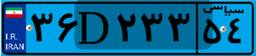
۸۵D۲۹۱۰۵